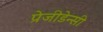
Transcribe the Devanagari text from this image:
प्रेजीडेन्सी